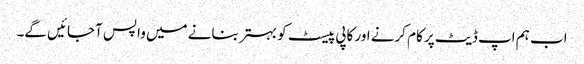
اب ہم اپ ڈیٹ پر کام کرنے اور کاپی پیسٹ کو بہتر بنانے میں واپس آجائیں گے۔